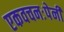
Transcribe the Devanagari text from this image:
एकवचनःपेनी